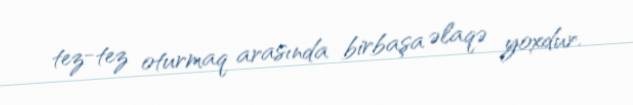
tez-tez oturmaq arasında birbaşa əlaqə yoxdur.